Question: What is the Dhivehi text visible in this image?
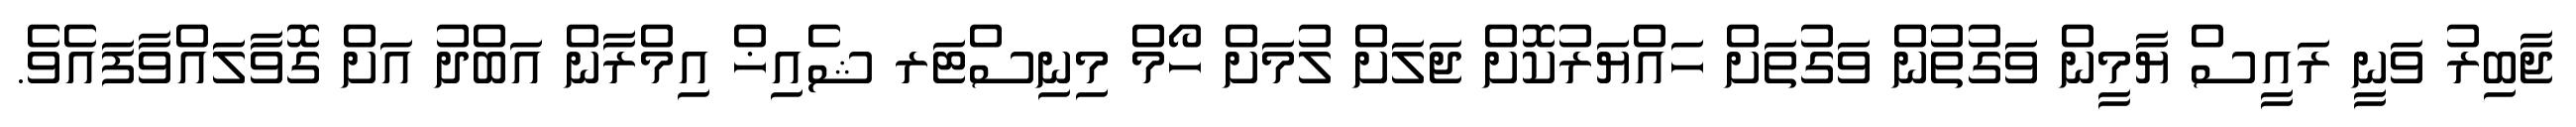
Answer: ޖާބިރު ވަނީ ރައީސް ޔާމީން ވަގުތުން ވަގުތަށް ހައްޔަރުކޮށް ޖަލަށް ލުމަށް ހޯމް މިނިސްޓަރ ޝެއިޚް އިމްރާން އަބްދު އަށް ގޮވާލައްވާފައެވެ.